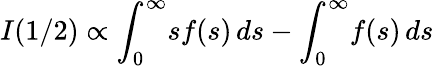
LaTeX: I(1/2)\propto\int_{0}^{\infty}\! sf(s)\, ds-\int_{0}^{\infty}\! f(s)\, ds